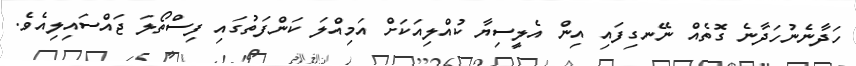
ހަދާނެނުހަދާނެ ގޮތެއް ނޭނގިފައި އިން އެލީސިޔާ ކުއްލިއަކަށް އަމިއްލަ ކަންފަތުގައި ފިސްތޯލަ ޖައްސައިލިއެވެ.